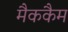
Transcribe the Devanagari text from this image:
मैककैम